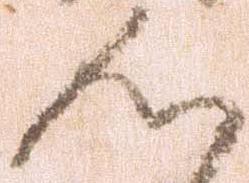
心